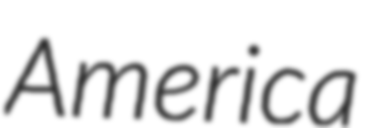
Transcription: America